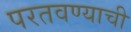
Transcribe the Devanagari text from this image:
परतवण्याची